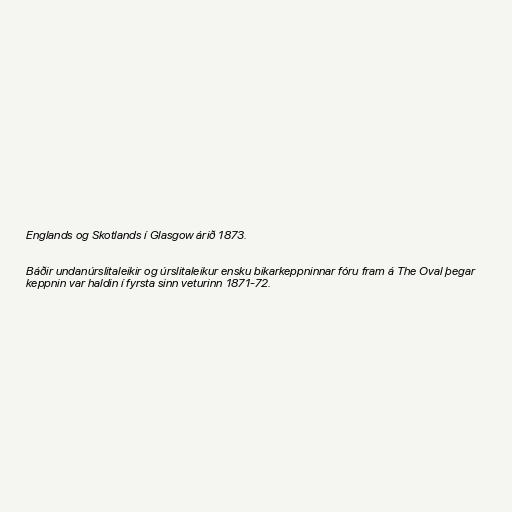
Englands og Skotlands í Glasgow árið 1873.

Báðir undanúrslitaleikir og úrslitaleikur ensku bikarkeppninnar fóru fram á The Oval þegar
keppnin var haldin í fyrsta sinn veturinn 1871-72.